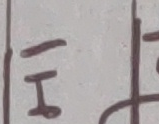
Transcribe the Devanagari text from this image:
।ञहे